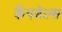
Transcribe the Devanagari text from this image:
कैंपबेल्स